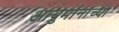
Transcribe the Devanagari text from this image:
आयुर्मानाच्या